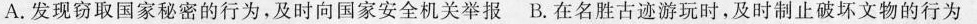
A发现窃取国家秘 2019B在名胜迹游玩时及时制止破坏文物的行为